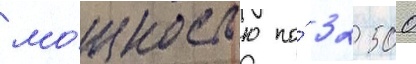
мо́щностью по́ 32 500